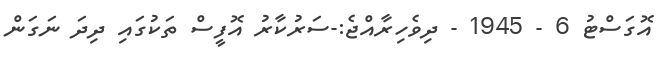
އޮގަސްޓު 6 - 1945 - ދިވެހިރާއްޖެ:-ސަރުކާރު އޮފީސް ތަކުގައި ދިދަ ނަގަން